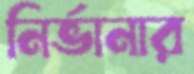
নির্ভানার